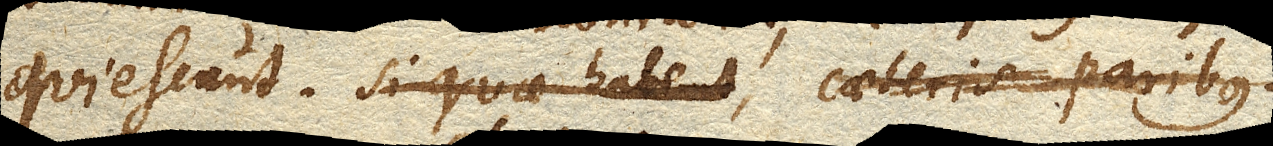
quiescunt. Si quae habent, caeteris paribus